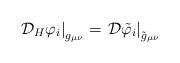
LaTeX: \begin{align*}\left. {\cal D}_H\varphi_i\right|_{g_{\mu\nu}}=\left.{\cal D}\tilde{\varphi}_i\right|_{\tilde{g}_{\mu\nu}}\end{align*}